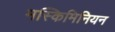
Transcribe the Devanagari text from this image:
मस्किमिनियन